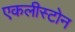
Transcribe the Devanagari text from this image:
एकलीस्टोन